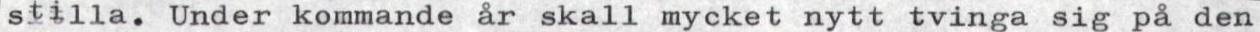
stilla. Under kommande år skall mycket nytt tvinga sig på den